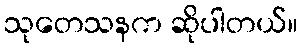
သုတေသနက ဆိုပါတယ်။